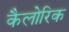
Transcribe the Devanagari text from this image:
कैलोरिक